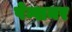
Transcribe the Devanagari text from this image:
पेन्शनर